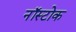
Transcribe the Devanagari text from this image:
नॉस्टोक